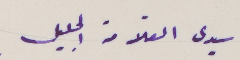
سيدي العلّامة الجليل